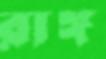
রাঙ্গ